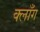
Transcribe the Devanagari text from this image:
क्लाँग